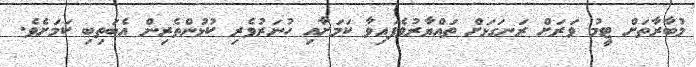
މުބާރާތަށް ޓީމު ވަރަށް ރަނގަޅަށް ތައްޔާރުވެފައިވާ ކަމަށާއި ހުނަރުވެރި ކުޅުންތެރިން އެބަތިބި ކަމަށެވެ.